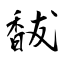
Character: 馛